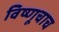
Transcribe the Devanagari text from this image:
विष्णूचाच